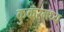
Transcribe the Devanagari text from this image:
कुकरमध्य